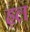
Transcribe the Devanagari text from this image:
ह़ल